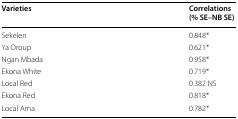
| Varieties | Correlations (% SE–NB SE) |
 | --- | --- |
 | Sekelen | 0.848* |
 | Ya Oroup | 0.621* |
 | Ngan Mbada | 0.958* |
 | Ekona White | 0.719* |
 | Local Red | 0.382 NS |
 | Ekona Red | 0.818* |
 | Local Ama | 0.782* |